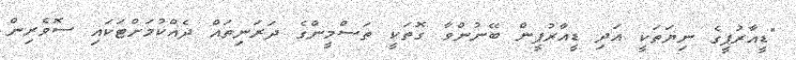
"ޑީއާރުޕީގެ ނިޔަތަކީ އަދި ޑީއާރުޕީން ބޭނުންވާ ގޮތަކީ ތަސްމީންގެ ދަރަނިތައް ދެއްކުމަށްޓަކައި ސޮވެރިން